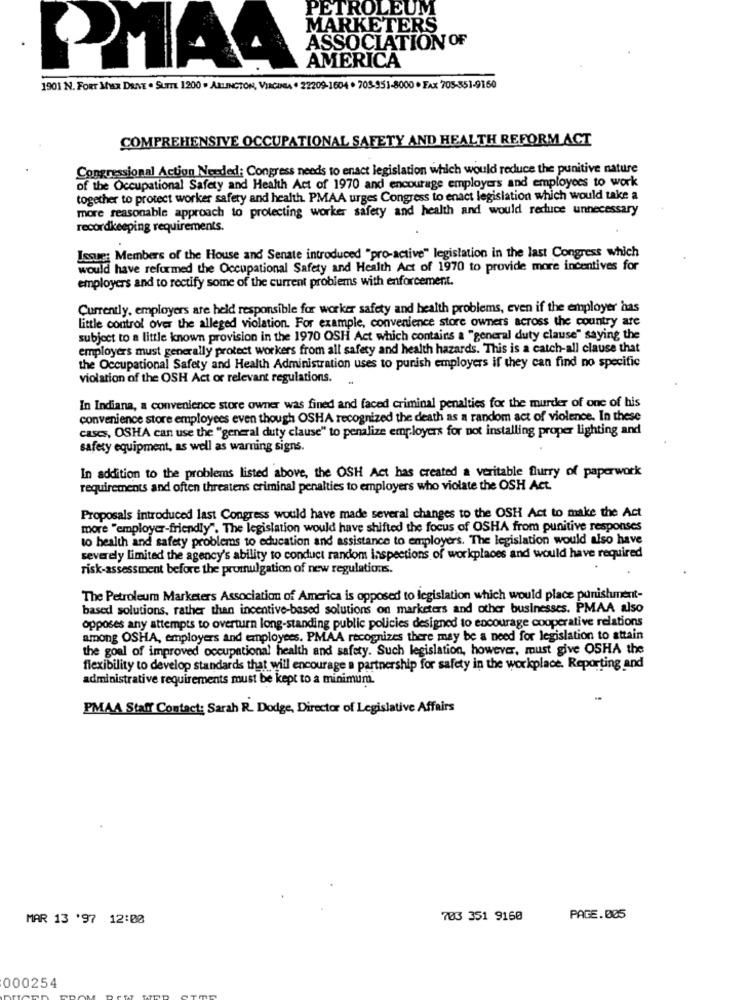
PETROLEUM
MARKETERS
ASSOCIATION OF
AMERICA
PMA4
1901 N. FORr Mx DANT . SUITE 1200 . ARLINGTON, VIRGINIA . 22209-1604 . 705-951-8000 · FAX 705-551-9160
COMPREHENSIVE OCCUPATIONAL SAFETY AND HEALTH REFORM ACT
Congressional Action Needed: Congress needs to enact legislation which would reduce the punitive nature
of the Occupational Safety and Health Act of 1970 and encourage employers and employees to work
together to protect worker safety and health. PMAA urges Congress to enact legislation which would take a
more reasonable approach to protecting worker safety and health and would reduce unnecessary
recordkeeping requirements.
Issue: Members of the House and Senate introduced "pro-active" legislation in the last Congress which
would have reformed the Occupational Safety and Health Act of 1970 to provide more incentives for
employers and to rectify some of the current problems with enforcement.
Currently, employers are held responsible for worker safety and health problems, even if the employer has
little control over the alleged violation. For example, convenience store owners across the country are
subject to a little known provision in the 1970 OSH Act which contains a "general duty clause" saying the
employers must generally protect workers from all safety and health hazards. This is a catch-all clause that
the Occupational Safety and Health Administration uses to punish employers if they can find no specific
violation of the OSH Act or relevant regulations.
In Indiana, a convenience store owner was fined and faced criminal penalties for the murder of one of his
convenience store employees even though OSHA recognized the death as a random act of violence. In these
cases, OSHA can use the "general duty clause" to penalize employers for not installing proper lighting and
safety equipment, as well as warning signs.
In addition to the problems listed above, the OSH Act has created a veritable flurry of paperwork
requirements and often threatens criminal penalties to employers who violate the OSH Act.
Proposals introduced last Congress would have made several changes to the OSH Act to make the Act
more "employer-friendly". The legislation would have shifted the focus of OSHA from punitive responses
to health and safety problems to education and assistance to employers. The legislation would also have
severely limited the agency's ability to conduct random inspections of workplaces and would have required
risk-assessment before the promulgation of new regulations.
The Petroleum Marketers Association of America is opposed to legislation which would place punishment-
based solutions, rather than incentive-based solutions on marketers and other businesses. PMAA also
opposes any attempts to overturn long-standing public policies designed to encourage cooperative relations
among OSHA, employers and employees. PMAA recognizes there may be a need for legislation to attain
the goal of improved occupational health and safety. Such legislation, however, must give OSHA the
flexibility to develop standards that will encourage a partnership for safety in the workplace. Reporting and
administrative requirements must be kept to a minimum.
PMAA Staff Contact: Sarah R. Dodge, Director of Legislative Affairs
MAR 13 '97 12:00
703 351 9160
PAGE.005
000254